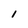
Character: l